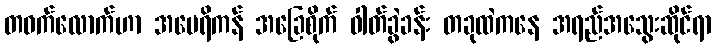
တဝက်လောက်ဟာ အမေရိကန် အခြေစိုက် ဓါတ်ခွဲခန်း တခုထဲကနေ အရည်အသွေးဆိုင်ရာ